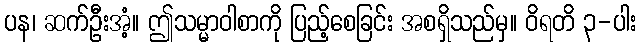
ပန၊ ဆက်ဦးအံ့။ ဤသမ္မာဝါစာကို ပြည့်စေခြင်း အစရှိသည်မှ။ ဝိရတိ ၃-ပါး